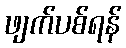
ဖျက်ပစ်ရန်